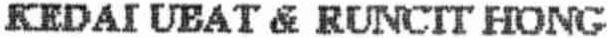
KEDAI UBAT & RUNCIT HONG